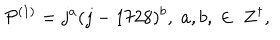
{ \cal P } ^ { ( 1 ) } = j ^ { a } ( j - 1 7 2 8 ) ^ { b } , \; a , b , \; \in \; Z ^ { \dagger } ,